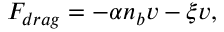
F _ { d r a g } = - \alpha n _ { b } v - \xi v ,